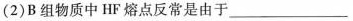
(2)B组物质中HF熔点反常是由于___